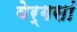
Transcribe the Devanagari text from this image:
बेर्गसां